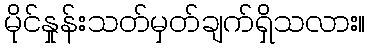
မိုင်နှုန်းသတ်မှတ်ချက်ရှိသလား။